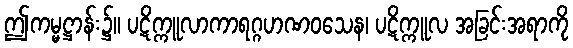
ဤကမ္မဋ္ဌာန်း၌။ ပဋိက္ကူလာကာရဂ္ဂဟဏဝသေန၊ ပဋိက္ကူလ အခြင်းအရာကို